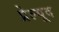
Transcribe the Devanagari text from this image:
प्रेल्यूद